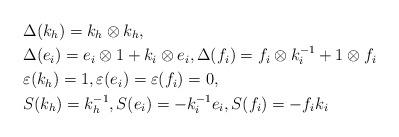
LaTeX: \begin{align*}&\Delta(k_h)=k_h\otimes k_h,\\&\Delta(e_i)=e_i\otimes1+k_i\otimes e_i,\Delta(f_i)=f_i\otimes k_i^{-1}+1\otimes f_i\\&\varepsilon(k_h)=1,\varepsilon(e_i)=\varepsilon(f_i)=0,\\&S(k_h)=k_h^{-1},S(e_i)=-k_i^{-1}e_i,S(f_i)=-f_ik_i\end{align*}